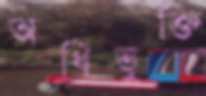
অধিভুক্তি